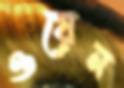
ওয়েন